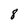
Character: 8